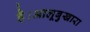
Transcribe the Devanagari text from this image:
है।आलूबुखारा